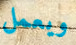
ويعمل